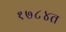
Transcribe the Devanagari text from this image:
१७८४त